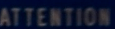
ATTENTION